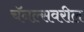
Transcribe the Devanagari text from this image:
चॅनल्सवरील